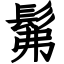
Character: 髴